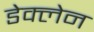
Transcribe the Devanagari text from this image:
डेक्लेन